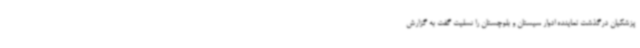
پزشکیان درگذشت نماینده ادوار سیستان و بلوچستان را تسلیت گفت به گزارش